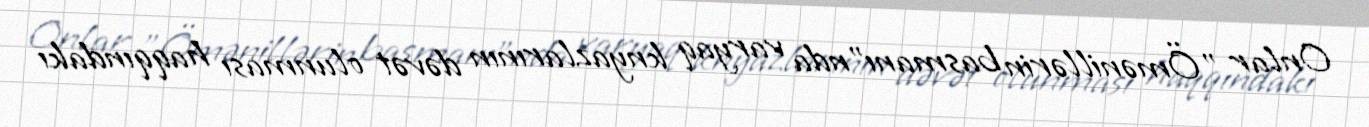
Onlar "Ömənillərin basmanı"nda varyaq knyazlarının dəvət olunması haqqındakı